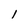
Character: 1